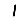
Digit: 1